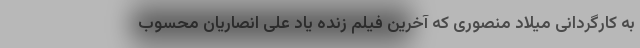
به کارگردانی میلاد منصوری که آخرین فیلم زنده یاد علی انصاریان محسوب